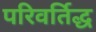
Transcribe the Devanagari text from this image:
परिवर्तिद्ध